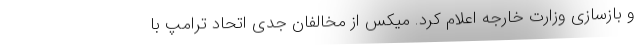
و بازسازی وزارت خارجه اعلام کرد. میکس از مخالفان جدی اتحاد ترامپ با